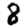
Digit: 8